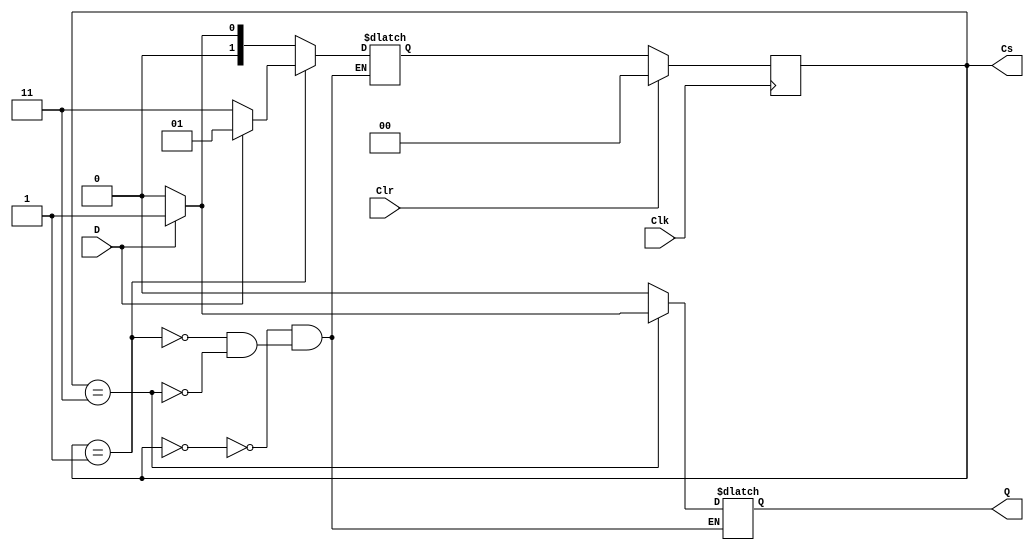
// Ch08 mealy.v
// QA (101 r)

module mealy (Clk, Clr, D, Q, Cs);
input  Clk, Clr, D;		// @J
output Q;			// @X 
output [1:0] Cs;		// GX
reg    Q;			// is
reg    [1:0] Cs, Ns;		// is
parameter [1:0]			// iA, Gray sX
 S0=2'b00, S1=2'b01, S2=2'b11;

// Wto,WtPBM, Vq
always@ (posedge Clk)
  if (Clr) Cs = S0;		// _lA
  else     Cs = Ns;		// @A

// Mw@A Ns PX Q, Xq
always @ (Cs or D)
  case (Cs)
    S0 : if (D == 0)
  	   begin  Ns = S0;  Q = 0;  end
         else
	   begin  Ns = S1;  Q = 0;  end
    S1 : if (D == 0)
	   begin  Ns = S2;  Q = 0;  end
         else
	   begin  Ns = S1;  Q = 0;  end
    S2 : if (D == 0)
	   begin  Ns = S0;  Q = 0;  end
         else
	   begin  Ns = S1;  Q = 1;  end
  endcase

endmodule